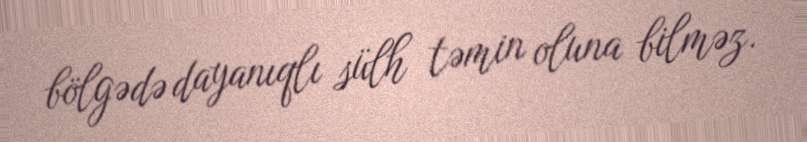
bölgədə dayanıqlı sülh təmin oluna bilməz.